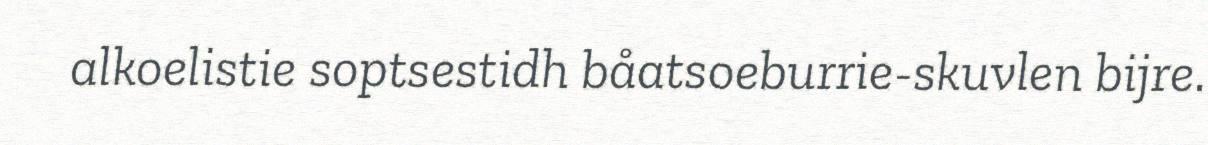
alkoelistie soptsestidh båatsoeburrie-skuvlen bijre.